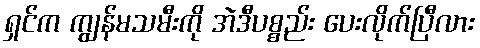
ရှင်က ကျွန်မသမီးကို အဲဒီပစ္စည်း ပေးလိုက်ပြီလား